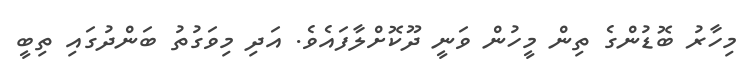
މިހާރު ބޮޑުންގެ ތިން މީހުން ވަނީ ދޫކޮށްލާފައެވެ. އަދި މިވަގުތު ބަންދުގައި ތިބީ